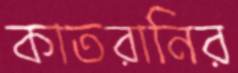
কাতরানির